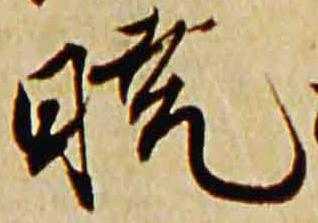
暁